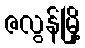
ဇလွန်မြို့